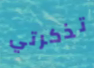
تذكرتي